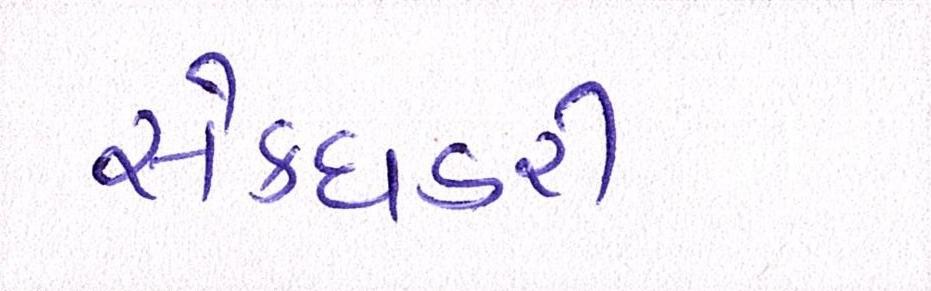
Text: સેક્ધડરી